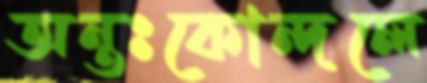
অন্তঃকোন্দলে